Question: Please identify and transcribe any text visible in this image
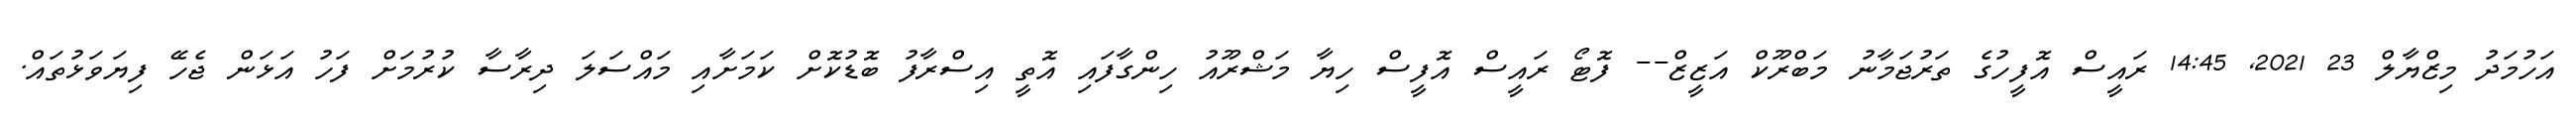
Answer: އަހުމަދު މިޒްޔާލް 23 2021, 14:45 ރައީސް އޮފީހުގެ ތަރުޖަމާނު މަބްރޫކް އަޒީޒް-- ފޮޓޯ ރައީސް އޮފީސް ހިޔާ މަޝްރޫއު ހިންގާފައި އޮތީ އިސްރާފު ބޮޑުކޮށް ކަމަށާއި މައްސަލަ ދިރާސާ ކުރުމަށް ފަހު އަޅަން ޖެހޭ ފިޔަވަޅުތައް.